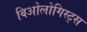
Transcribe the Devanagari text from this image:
बिओलोगिस्ट्स